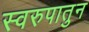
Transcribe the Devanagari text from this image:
स्वरुपातुन